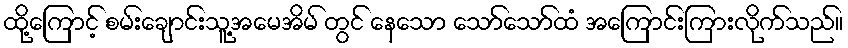
ထို့ကြောင့် စမ်းချောင်းသူ့အမေအိမ် တွင် နေသော သော်သော်ထံ အကြောင်းကြားလိုက်သည်။